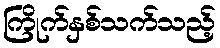
ကြိုက်နှစ်သက်သည့်